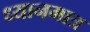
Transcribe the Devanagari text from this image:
ध्यानमात्र